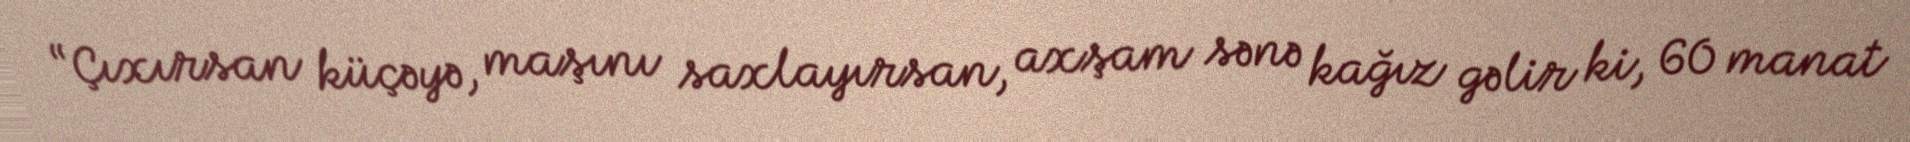
“Çıxırsan küçəyə, maşını saxlayırsan, axşam sənə kağız gəlir ki, 60 manat